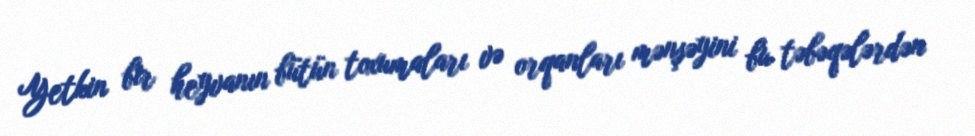
Yetkin bir heyvanın bütün toxumaları və orqanları mənşəyini bu təbəqələrdən